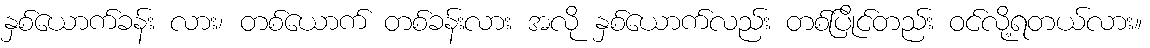
နှစ်ယောက်ခန်း လား၊ တစ်ယောက် တစ်ခန်းလား အလို နှစ်ယောက်လည်း တစ်ပြိုင်တည်း ဝင်လို့ရတယ်လား။